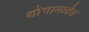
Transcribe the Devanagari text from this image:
शोभायात्रेत